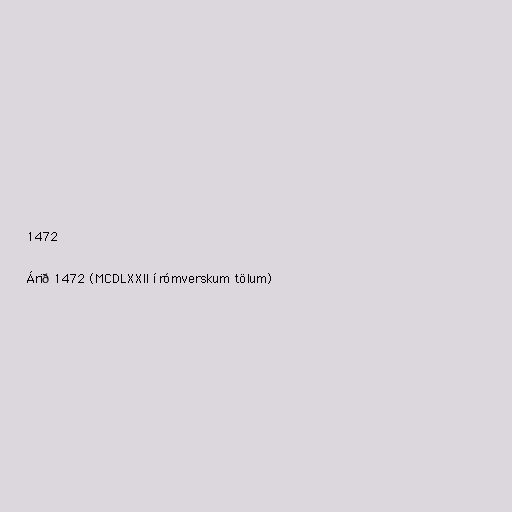
1472

Árið 1472 (MCDLXXII í rómverskum tölum)